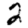
Digit: 2